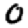
Digit: 0